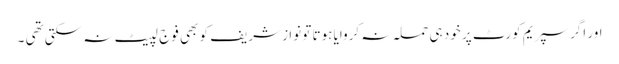
اور اگر سپریم کورٹ پر خود ہی حملہ نہ کروایا ہوتا تو نوا ز شریف کو بھی فوج لپیٹ نہ سکتی تھی ۔